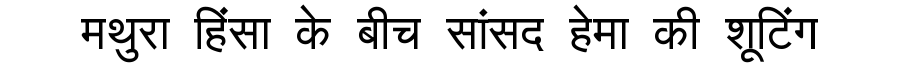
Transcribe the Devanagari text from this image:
मथुरा हिंसा के बीच सांसद हेमा की शूटिंग